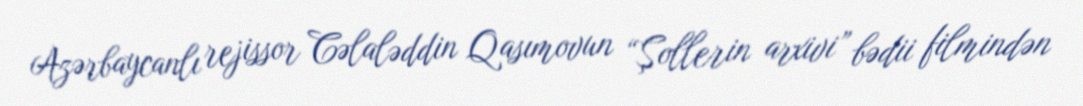
Azərbaycanlı rejissor Cəlaləddin Qasımovun “Şollerin arxivi” bədii filmindən